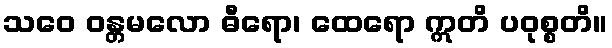
သဝေ ဝန္တမလော ဓီရော၊ ထေရော ဣတိ ပဝုစ္စတိ။